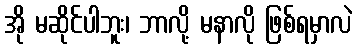
အို မဆိုင်ပါဘူး၊ ဘာလို့ မနာလို ဖြစ်ရမှာလဲ